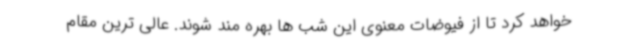
خواهد کرد تا از فیوضات معنوی این شب ها بهره مند شوند. عالی ترین مقام